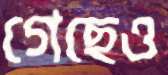
গেছেও